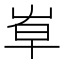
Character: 𡴐